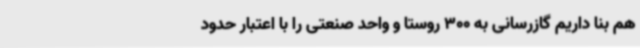
هم بنا داریم گازرسانی به 300 روستا و واحد صنعتی را با اعتبار حدود